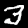
Label: 3